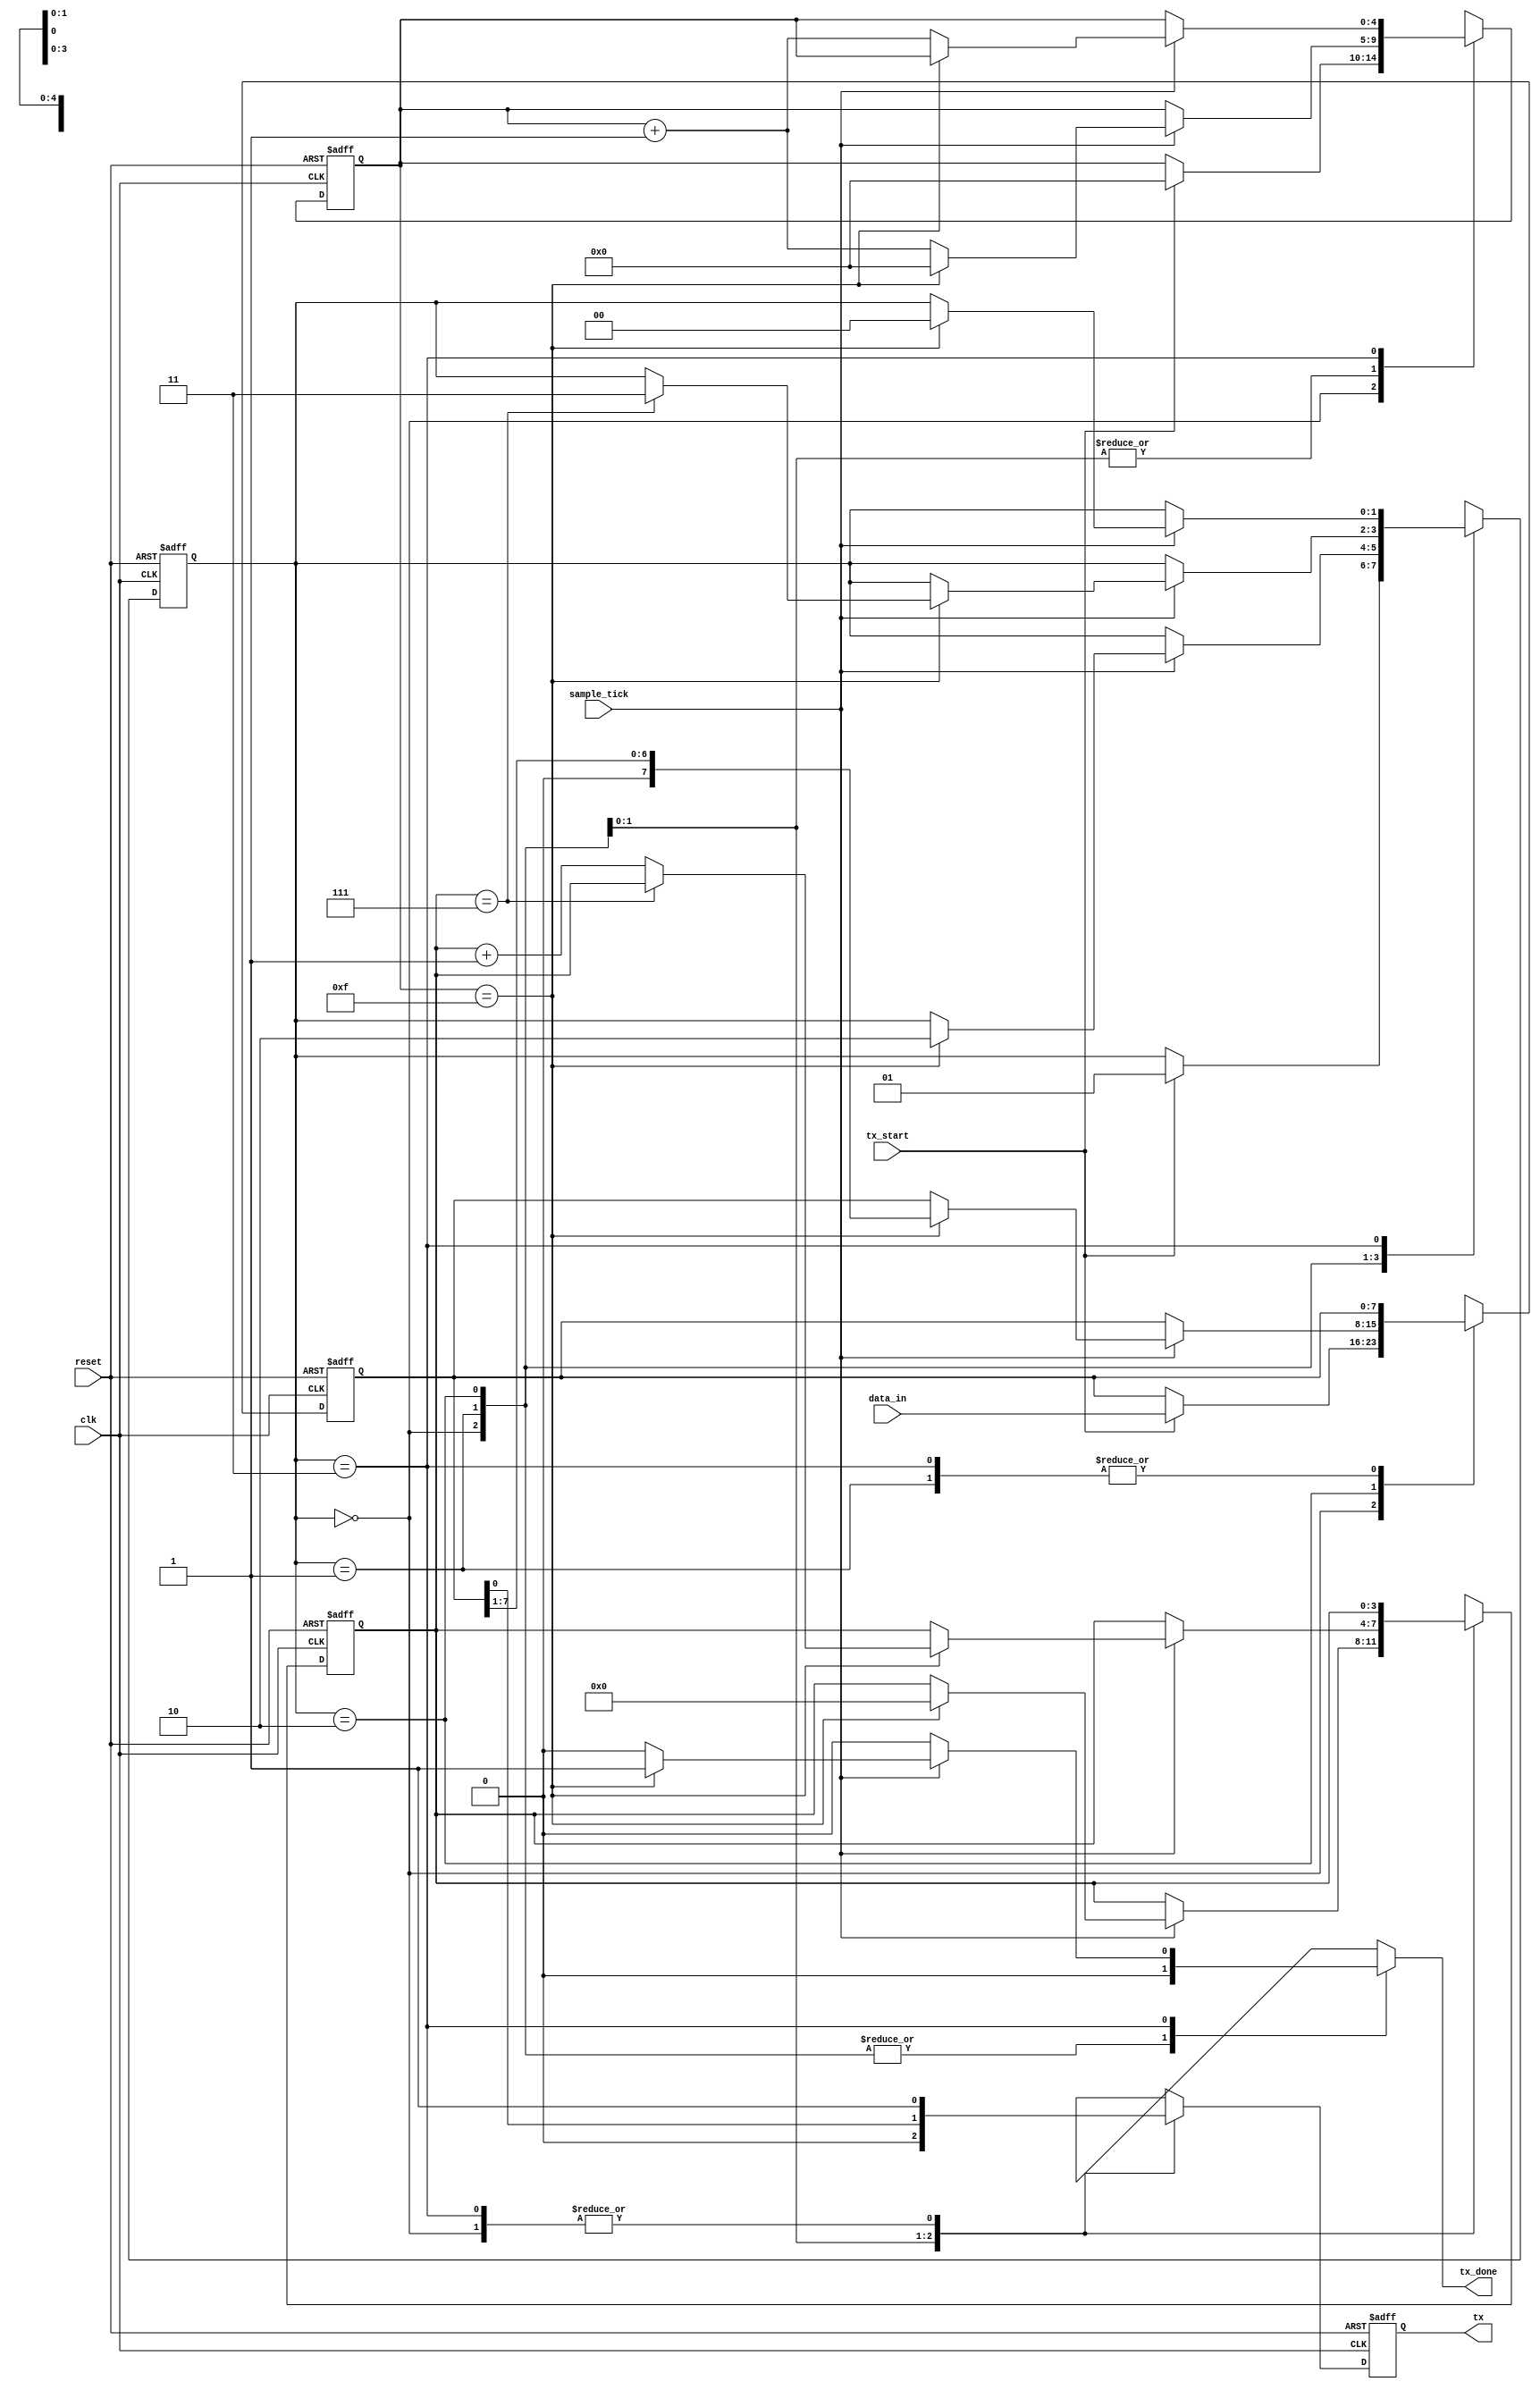
module Transmitter
    #(
        parameter   DBITS = 8,                      // number of data bits
                    SB_TICK = 16                    // number of stop bit / oversampling ticks (1 stop bit)
    )
    (
        input clk,                                  // clk
        input reset,                                // reset
        input tx_start,                             // begin data transmission (FIFO NOT empty)
        input sample_tick,                          // from baud rate generator
        input [DBITS-1:0] data_in,                  // data word from FIFO
        output reg tx_done,                         // end of transmission
        output tx                                   // transmitter data line
    );
    
    // State Machine States
    localparam [1:0]    idle  = 2'b00,              // IDLE state
                        start = 2'b01,              // START state
                        data  = 2'b10,              // DATA state
                        stop  = 2'b11;              // STOP state
    
    // Registers                    
    reg [1:0] state, next_state;                    // state registers
    reg [4:0] tick_reg, tick_next;                  // number of ticks received from baud rate generator
    reg [3:0] nbits_reg, nbits_next;                // number of bits transmitted in data state
    reg [DBITS-1:0] data_reg, data_next;            // assembled data word to transmit serially
    reg tx_reg, tx_next;                            // data filter for potential glitches
    
    // Register Logic
    always @(posedge clk, posedge reset)
        if(reset) begin                             // if reset button is pressed
            state <= idle;                          // State is IDLE
            tick_reg <= 0;                          // Init tick reg
            nbits_reg <= 0;                         // init bit reg
            data_reg <= 0;                          // init data reg
            tx_reg <= 1'b1;                         // init tx_reg
        end
        else begin
            state <= next_state;                    // assign state for next state
            tick_reg <= tick_next;                  // assign tick for tick next
            nbits_reg <= nbits_next;                // assign nbits next for nbit reg
            data_reg <= data_next;                  // assign data reg for data next
            tx_reg <= tx_next;                      // assign tx_next for tx_reg
        end
    
    // State Machine Logic
    always @* begin
        next_state = state;
        tx_done = 1'b0;
        tick_next = tick_reg;
        nbits_next = nbits_reg;
        data_next = data_reg;
        tx_next = tx_reg;
        
        case(state)
            idle: begin                             // no data in FIFO
                tx_next = 1'b1;                     // transmit idle
                if(tx_start) begin                  // when FIFO is NOT empty
                    next_state = start;             // next_state for start
                    tick_next = 0;                  // init tick_next to zero
                    data_next = data_in;            // assign data_in to data_next
                end
            end
            
            start: begin
                tx_next = 1'b0;                     // start bit
                if(sample_tick)                     // when sample_tick is set 1, the next state is data
                    if(tick_reg == 15) begin        // when tick reg is = 16 bit, it mean count enough for 16 bits
                        next_state = data;          // next_state is data
                        tick_next = 0;              // tick_next is zero
                        nbits_next = 0;
                    end
                    else
                        tick_next = tick_reg + 1;   // caculate tick next
            end
            
            data: begin
                tx_next = data_reg[0];              // Assign bit zero of data to tx_next
                if(sample_tick)                     // Is enough the baud rate
                    if(tick_reg == 15) begin
                        tick_next = 0;
                        data_next = data_reg >> 1;  // Shift bit data
                        if(nbits_reg == (DBITS-1))  // If number of bit is = 8 bits
                            next_state = stop;      // finish the transfer bit
                        else
                            nbits_next = nbits_reg+1;// if not, continue counting
                    end
                    else
                        tick_next = tick_reg + 1;   //counting for baudrate
            end
            
            stop: begin
                tx_next = 1'b1;         // back to idle
                if(sample_tick)
                    if(tick_reg == (SB_TICK-1)) begin
                        next_state = idle;
                        tx_done = 1'b1;
                    end
                    else
                        tick_next = tick_reg + 1;
            end
        endcase    
    end
    
    // Output Logic
    assign tx = tx_reg;
 
endmodule